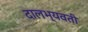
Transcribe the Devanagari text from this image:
दालभ्यवती